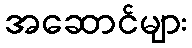
အဆောင်များ